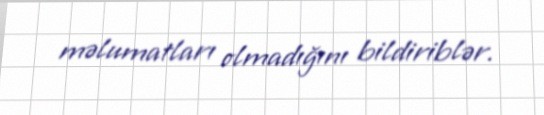
məlumatları olmadığını bildiriblər.